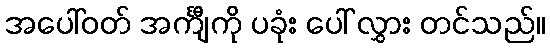
အပေါ်ဝတ် အင်္ကျီကို ပခုံး ပေါ် လွှား တင်သည်။